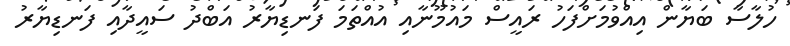
ހުލާސާ ބަޔާން އިއްވުމަށްފަހު ރައީސް މައުމޫނާއި އުއްތަމަ ފަނޑިޔާރު އަބްދު ސައީދާއި ފަނޑިޔާރު